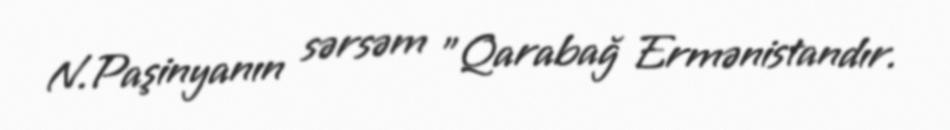
N.Paşinyanın sərsəm "Qarabağ Ermənistandır.